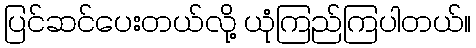
ပြင်ဆင်ပေးတယ်လို့ ယုံကြည်ကြပါတယ်။